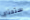
ستحتاج